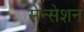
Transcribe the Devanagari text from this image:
सेन्सेशन